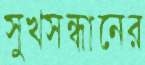
সুখসন্ধানের